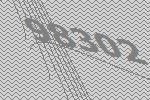
98302